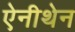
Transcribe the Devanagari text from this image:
ऐनीथेन